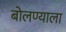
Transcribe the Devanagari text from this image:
बोलण्याला